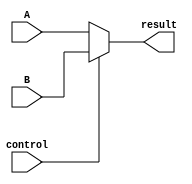
`timescale 1ns / 1ps
//////////////////////////////////////////////////////////////////////////////////
// Company: 
// Engineer: 
// 
// Design Name: 
// Module Name: data2Select_32bit
// Project Name: 
// Target Devices: 
// Tool Versions: 
// Description: 
// 
// Dependencies: 
// 
// Revision:
// Revision 0.01 - File Created
// Additional Comments:
// 
//////////////////////////////////////////////////////////////////////////////////


module data2Select_32bit(
    input control,
    input [31:0] A,
    input [31:0] B,
    output [31:0] result
    );
    
    assign result = (control == 0)? A:B;
endmodule